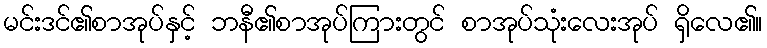
မင်းဒင်၏စာအုပ်နှင့် ဘနီ၏စာအုပ်ကြားတွင် စာအုပ်သုံးလေးအုပ် ရှိလေ၏။